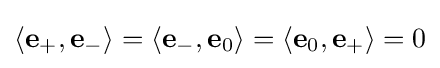
\left\langle \mathbf {e} _{+},\mathbf {e} _{-}\right\rangle =\left\langle \mathbf {e} _{-},\mathbf {e} _{0}\right\rangle =\left\langle \mathbf {e} _{0},\mathbf {e} _{+}\right\rangle =0